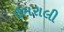
ઉમરાલી